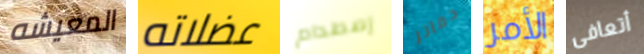
المعيشه عضلاته إصطدام دفاتر الأمر أتعافى